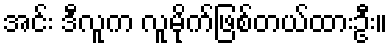
အင်း ဒီလူက လူမိုက်ဖြစ်တယ်ထားဦး။